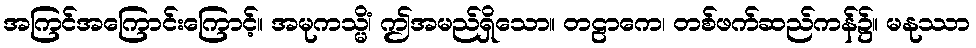
အကြင်အကြောင်းကြောင့်။ အမုကသ္မိံ၊ ဤအမည်ရှိသော။ တဠာကေ၊ တစ်ဖက်ဆည်ကန်၌။ မနုဿာ